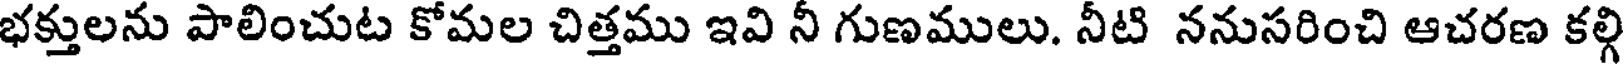
భక్తులను పాలించుట కోమల చిత్తము ఇవి నీ గుణములు. నీటి ననుసరించి ఆచరణ కల్గ